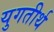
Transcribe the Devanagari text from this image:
युगतीर्थ